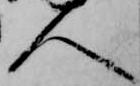
人